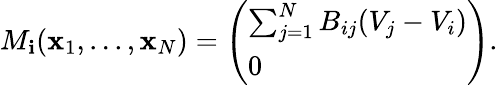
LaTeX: M_{\mathbf{i}}({\mathbf{x}}_{1},...,{\mathbf{x}}_{N})=\left(\begin{array}{l}{\sum_{j=1}^{N}B_{ij}(V_{j}-V_{i})}\\ {0}\end{array}\right).